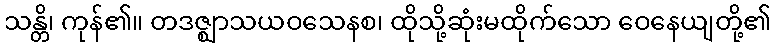
သန္တိ၊ ကုန်၏။ တဒဇ္ဈာသယဝသေနစ၊ ထိုသို့ဆုံးမထိုက်သော ဝေနေယျတို့၏